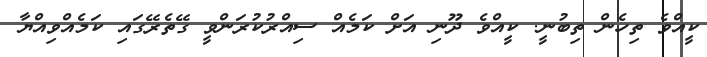
ކީއްވެ ތިހެން ތިބުނީ. ކީއްވެ ދޫނި އަށް ކަމެއް ސިއްރުކުރަންވީ ގޭތެރޭގައި ކަމެއްވިއްޔާ